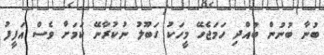
ބުނާ ބުނުން ބުއްދި ހަމަޖެހޭ މީހަކު ގަބޫލު ނުކުރާނޭ ކަމަށް ވެސް އަފީފު